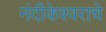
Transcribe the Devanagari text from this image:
नंदीकेश्वराचे